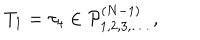
T _ { 1 } = \tau _ { 4 } \in { \cal P } _ { 1 , 2 , 3 , \ldots } ^ { ( N - 1 ) } \ ,